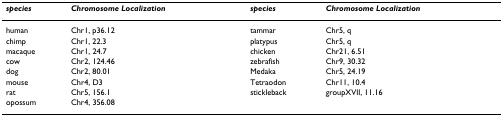
<table><thead><tr><td><b><i>species</i></b></td><td><b><i>Chromosome Localization </i></b></td><td><b><i>species</i></b></td><td><b><i>Chromosome Localization </i></b></td></tr></thead><tbody><tr><td>human</td><td>Chr1, p36.12</td><td>tammar</td><td>Chr5, q</td></tr><tr><td>chimp</td><td>Chr1, 22.3</td><td>platypus</td><td>Chr5, q</td></tr><tr><td>macaque</td><td>Chr1, 24.7</td><td>chicken</td><td>Chr21, 6.51</td></tr><tr><td>cow</td><td>Chr2, 124.46</td><td>zebrafish</td><td>Chr9, 30.32</td></tr><tr><td>dog</td><td>Chr2, 80.01</td><td>Medaka</td><td>Chr5, 24.19</td></tr><tr><td>mouse</td><td>Chr4, D3</td><td>Tetraodon</td><td>Chr11, 10.4</td></tr><tr><td>rat</td><td>Chr5, 156.1</td><td>stickleback</td><td>groupXVII, 11.16</td></tr><tr><td>opossum</td><td>Chr4, 356.08</td><td></td><td></td></tr></tbody></table>